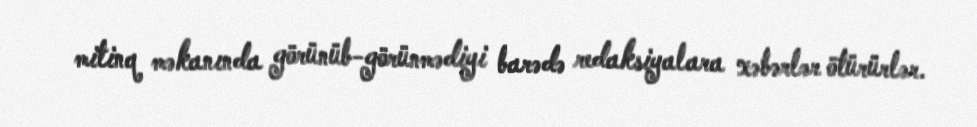
mitinq məkanında görünüb-görünmədiyi barədə redaksiyalara xəbərlər ötürürlər.